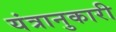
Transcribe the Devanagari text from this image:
यंत्रानुकारी